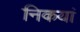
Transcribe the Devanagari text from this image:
निकयां